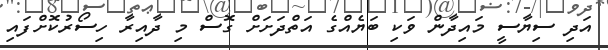
އަދި ސިޔާސީ މައިދާން ވަކި ބަޔެއްގެ އަތްދަށަށް ގޮސް މި ދާއިރާ ހިސޯރުކޮށްފައި